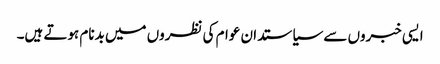
ایسی خبروں سے سیاستدان عوام کی نظروں میں بدنام ہوتے ہیں۔